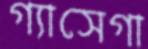
গ্যাসেগা